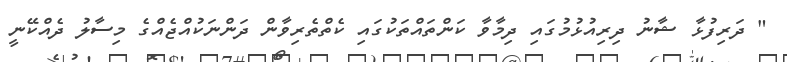
" ދަރިފުޅާ ޝާނު ދިރިއުޅުމުގައި ދިމާވާ ކަންތައްތަކުގައި ކެތްތެރިވާން ދަންނަކުއްޖެއްގެ މިސާލު ދެއްކޭނީ